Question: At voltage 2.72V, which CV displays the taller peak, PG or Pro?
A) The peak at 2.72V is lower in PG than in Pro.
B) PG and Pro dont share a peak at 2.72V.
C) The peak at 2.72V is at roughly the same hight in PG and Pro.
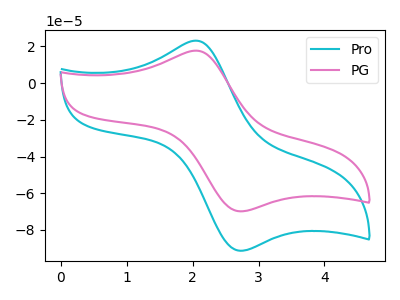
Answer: <think>The cyan curve "Pro" has an anodic peak at (2.05V, 23.10uA) and a cathodic peak at (2.70V, -91.30uA). The pink curve "PG" has an anodic peak at (2.05V, 17.65uA) and a cathodic peak at (2.70V, -69.85uA).</think>
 <answer>A) The peak at 2.72V is lower in "PG" than in "Pro".</answer>
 <eval>A</eval>